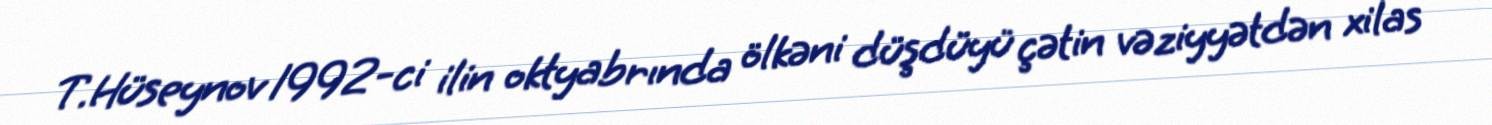
T.Hüseynov 1992-ci ilin oktyabrında ölkəni düşdüyü çətin vəziyyətdən xilas